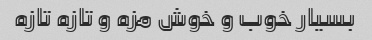
بسیار خوب و خوش مزه و تازه تازه